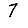
Digit: 7